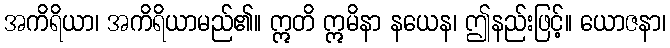
အကိရိယာ၊ အကိရိယာမည်၏။ ဣတိ ဣမိနာ နယေန၊ ဤနည်းဖြင့်။ ယောဇနာ၊